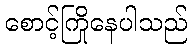
စောင့်ကြိုနေပါသည်